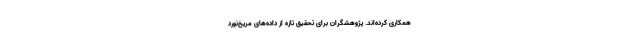
همکاری کرده‌اند. پژوهشگران برای تحقیق تازه از داده‌های مریخ‌نورد